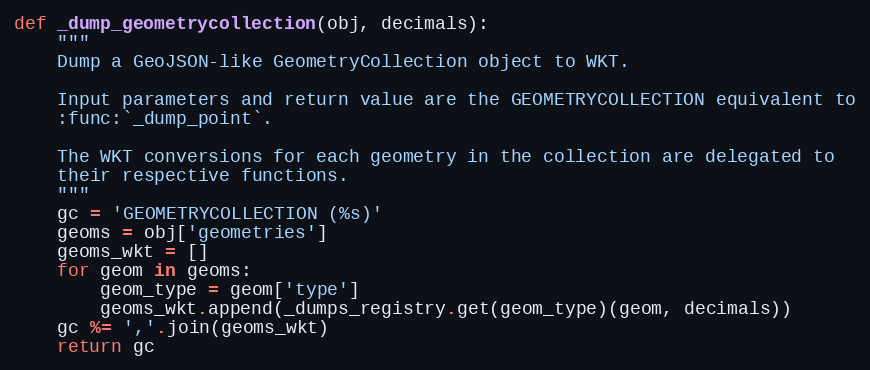
Language: Python
def _dump_geometrycollection(obj, decimals):
    """
    Dump a GeoJSON-like GeometryCollection object to WKT.

    Input parameters and return value are the GEOMETRYCOLLECTION equivalent to
    :func:`_dump_point`.

    The WKT conversions for each geometry in the collection are delegated to
    their respective functions.
    """
    gc = 'GEOMETRYCOLLECTION (%s)'
    geoms = obj['geometries']
    geoms_wkt = []
    for geom in geoms:
        geom_type = geom['type']
        geoms_wkt.append(_dumps_registry.get(geom_type)(geom, decimals))
    gc %= ','.join(geoms_wkt)
    return gc